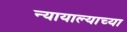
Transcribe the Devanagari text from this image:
न्यायाल्याच्या